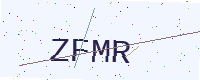
Text: ZFMR